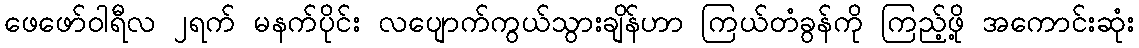
ဖေဖော်ဝါရီလ ၂ရက် မနက်ပိုင်း လပျောက်ကွယ်သွားချိန်ဟာ ကြယ်တံခွန်ကို ကြည့်ဖို့ အကောင်းဆုံး